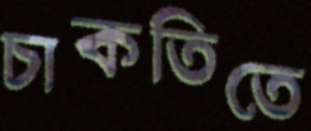
চাকতিতে